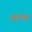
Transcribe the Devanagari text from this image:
शाम्बर